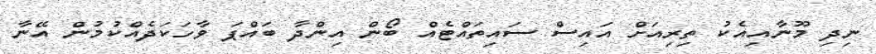
ނިދި މޫނާއިއެކު ތިރިއަށް އައިސް ސައިތައްޓެއް ބޯން އިންދާ ބައްޕަ ވާހަކަދެއްކުމުން އޭނާ